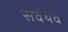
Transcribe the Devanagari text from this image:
सर्वथैव